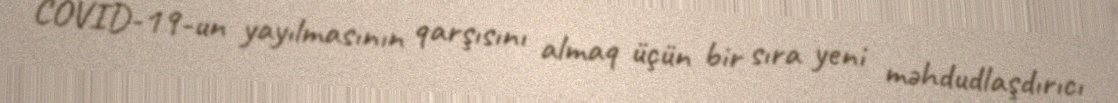
COVID-19-un yayılmasının qarşısını almaq üçün bir sıra yeni məhdudlaşdırıcı